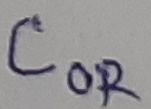
Text: COR